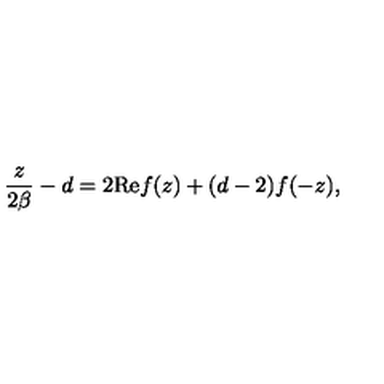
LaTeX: { \frac { z } { 2 \beta } } - d = 2 \mathrm { R e } f ( z ) + ( d - 2 ) f ( - z ) ,